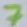
Text: 7